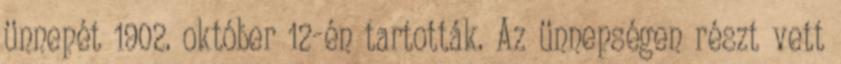
ünnepét 1902. október 12-én tartották. Az ünnepségen részt vett